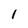
Character: 1